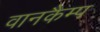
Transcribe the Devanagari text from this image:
वानकैम्प